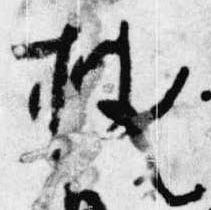
披